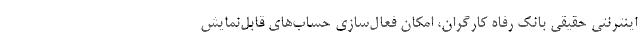
اینترنتی حقیقی بانک رفاه کارگران، امکان فعال‌سازی حساب‌های قابل‌نمایش